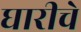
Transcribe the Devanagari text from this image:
घारीचे